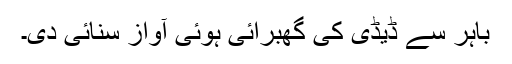
باہر سے ڈیڈی کی گھبرائی ہوئی آواز سنائی دی۔